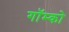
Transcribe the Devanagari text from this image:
गॉम्को